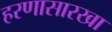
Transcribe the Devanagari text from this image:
हरणासारखा